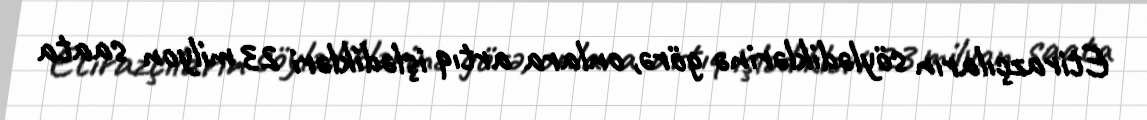
Etirazçıların söylədiklərinə görə, onlara artıq işlədikləri 23 milyon saata